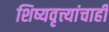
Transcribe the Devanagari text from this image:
शिष्यवृत्त्यांचाही